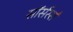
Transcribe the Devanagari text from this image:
सॉर्सरर्स